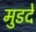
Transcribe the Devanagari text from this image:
मुडदे